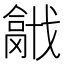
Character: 𢨍